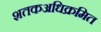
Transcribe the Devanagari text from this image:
शतकअधिक्रमित